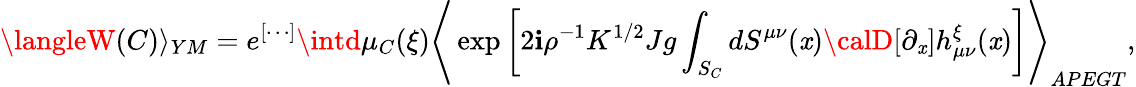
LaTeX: \langleW(C)\rangle_{YM}=e^{[\cdots]}\intd\mu_{C}(\xi)\Biggr\langle\exp\left[2\mathbf{i}\rho^{-1}K^{1/2}Jg\int_{S_{C}}dS^{\mu\nu}(\mathit{x}){\calD}[\partial_{\mathit{x}}]h_{\mu\nu}^{\xi}(\mathit{x})\right]\Biggr\rangle_{APEGT},